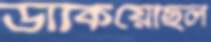
ডাকিয়েছিল